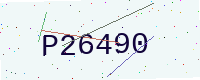
Text: P26490